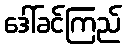
ဒေါ်ခင်ကြည်